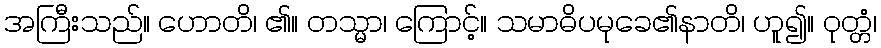
အကြီးသည်။ ဟောတိ၊ ၏။ တသ္မာ၊ ကြောင့်။ သမာဓိပမုခေ၏နာတိ၊ ဟူ၍။ ဝုတ္တံ၊